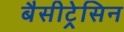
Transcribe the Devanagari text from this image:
बैसीट्रेसिन